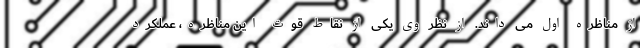
از مناظره اول می داند. از نظر وی یکی از نقاط قوت این مناظره، عملکرد